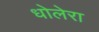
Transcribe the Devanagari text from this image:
धोलेरा